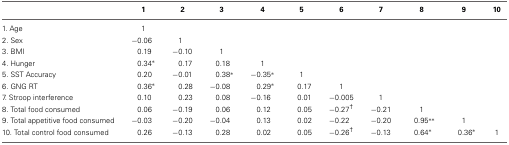
<table><thead><tr><td></td><td><b>1</b></td><td><b>2</b></td><td><b>3</b></td><td><b>4</b></td><td><b>5</b></td><td><b>6</b></td><td><b>7</b></td><td><b>8</b></td><td><b>9</b></td><td><b>10</b></td></tr></thead><tbody><tr><td>1. Age</td><td>1</td><td></td><td></td><td></td><td></td><td></td><td></td><td></td><td></td><td></td></tr><tr><td>2. Sex</td><td>−0.06</td><td>1</td><td></td><td></td><td></td><td></td><td></td><td></td><td></td><td></td></tr><tr><td>3. BMI</td><td>0.19</td><td>−0.10</td><td>1</td><td></td><td></td><td></td><td></td><td></td><td></td><td></td></tr><tr><td>4. Hunger</td><td>0.34<sup>*</sup></td><td>0.17</td><td>0.18</td><td>1</td><td></td><td></td><td></td><td></td><td></td><td></td></tr><tr><td>5. SST Accuracy</td><td>0.20</td><td>−0.01</td><td>0.38<sup>*</sup></td><td>−0.35<sup>*</sup></td><td>1</td><td></td><td></td><td></td><td></td><td></td></tr><tr><td>6. GNG RT</td><td>0.36<sup>*</sup></td><td>0.28</td><td>−0.08</td><td>0.29<sup>*</sup></td><td>0.17</td><td>1</td><td></td><td></td><td></td><td></td></tr><tr><td>7. Stroop interference</td><td>0.10</td><td>0.23</td><td>0.08</td><td>−0.16</td><td>0.01</td><td>−0.005</td><td>1</td><td></td><td></td><td></td></tr><tr><td>8. Total food consumed</td><td>0.06</td><td>−0.19</td><td>0.06</td><td>0.12</td><td>0.05</td><td>−0.27<sup>†</sup></td><td>−0.21</td><td>1</td><td></td><td></td></tr><tr><td>9. Total appetitive food consumed</td><td>−0.03</td><td>−0.20</td><td>−0.04</td><td>0.13</td><td>0.02</td><td>−0.22</td><td>−0.20</td><td>0.95<sup>**</sup></td><td>1</td><td></td></tr><tr><td>10. Total control food consumed</td><td>0.26</td><td>−0.13</td><td>0.28</td><td>0.02</td><td>0.05</td><td>−0.26<sup>†</sup></td><td>−0.13</td><td>0.64<sup>*</sup></td><td>0.36<sup>*</sup></td><td>1</td></tr></tbody></table>